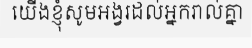
យើងខ្ញុំសូមអង្វរដល់អ្នករាល់គ្នា